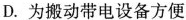
D.为搬动带电设备方便